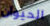
الحيوان